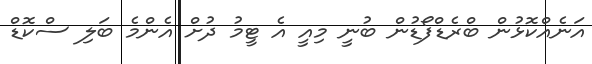
އަނެއްކޮޅުން ބްރެޑްފޯޑުން ބުނީ މިއީ އެ ޓީމު ދުށް އެންމެ ބަލި ސްކޮޑް